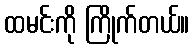
ထမင်းကို ကြိုက်တယ်။